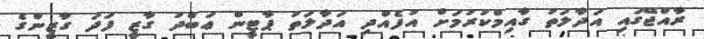
ރާއްޖޭގައި އަދާލަތު ގާއިމްކުރުމަށް އުފެއްދި އަދާލަތު ޕާޓީން ޢަބްދު ގާޒީ ފަދަ ގާޒީންގެ